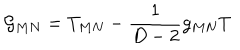
{ \cal G } _ { M N } = T _ { M N } - \frac { 1 } { D - 2 } g _ { M N } T